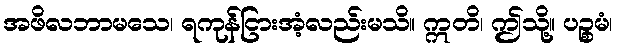
အဖိလဘာမသေ၊ ရကုန်ငြားအံ့လည်းမသိ။ ဣတိ၊ ဤသို့။ ပဉ္စမံ၊